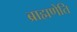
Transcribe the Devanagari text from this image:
ब्राह्मणेति